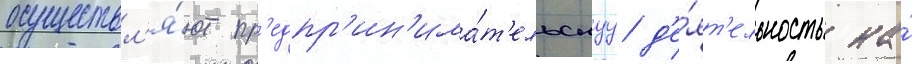
осуществл'я́ют пр'едпр'ин'има́т'ельскуу д'е́ят'ельность на́